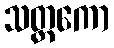
သတ္တကော